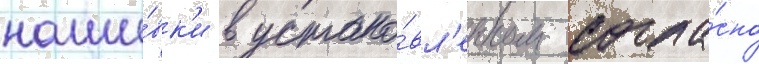
наши́вк'и в устано́вл'енном согла́сно